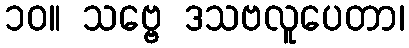
၁၀။ သဗ္ဗေ ဒသဗလူပေတာ၊